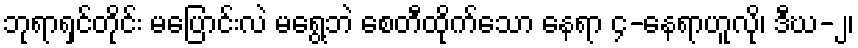
ဘုရာရှင်တိုင်း မပြောင်းလဲ မရွေ့ဘဲ စေတီထိုက်သော နေရာ ၄-နေရာဟူလို၊ ဒီဃ-၂၊